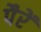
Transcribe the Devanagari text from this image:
पैरें